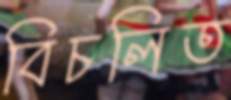
বিচলিত